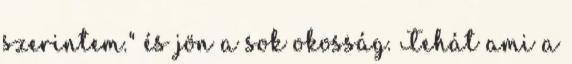
szerintem." és jön a sok okosság. Tehát ami a